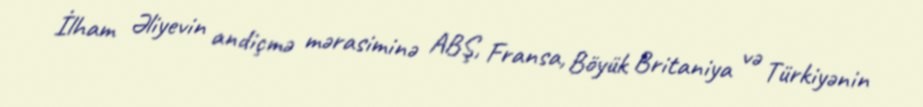
İlham Əliyevin andiçmə mərasiminə ABŞ, Fransa, Böyük Britaniya və Türkiyənin